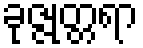
ခုဇ္ဇုတ္တရာ